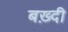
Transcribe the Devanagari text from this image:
बख़्दी